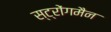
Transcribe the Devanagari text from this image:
स्ट्रोंगमैन